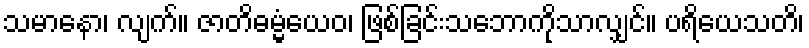
သမာနော၊ လျက်။ ဇာတိဓမ္မံယေဝ၊ ဖြစ်ခြင်းသဘောကိုသာလျှင်။ ပရိယေသတိ၊